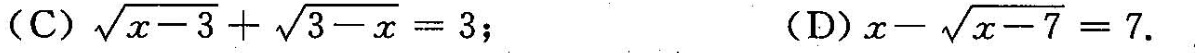
(C)$$\sqrt { x - 3 } + \sqrt { 3 - x } = 3$$; (D)$$x - \sqrt { x - 7 } = 7$$.